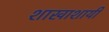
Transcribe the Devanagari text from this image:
शाखाशायी